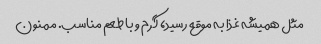
مثل همیشه غذا به موقع رسید، گرم و با طعم مناسب. ممنون